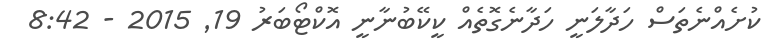
ކުށެއްނެތަސް ހަދާލަނީ ހަދާނެގޮތެއް ކީކޭބުނާނީ އޮކްޓޯބަރު 19